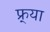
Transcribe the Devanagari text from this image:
फ्र्या